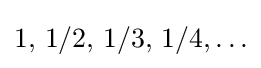
1,\,1/2,\,1/3,\,1/4,\ldots